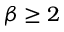
\beta \ge 2